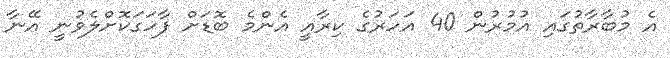
އެ މުބާރާތުގައި އުމުރުން 40 އަހަރުގެ ކިރާއީ އެންމެ ބޮޑަށް ފާހަގަކޮށްލެވުނީ އޭނާ